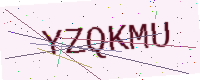
Text: YZQKMU